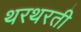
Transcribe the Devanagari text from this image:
थरथरती